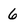
Character: 6